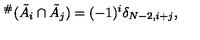
{ } ^ { \# } ( \tilde { A } _ { i } \cap \tilde { A } _ { j } ) = ( - 1 ) ^ { i } \delta _ { N - 2 , i + j } ,